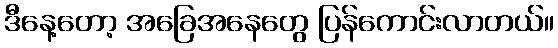
ဒီနေ့တော့ အခြေအနေတွေ ပြန်ကောင်းလာတယ်။